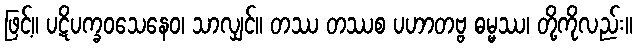
ဖြင့်။ ပဋိပက္ခဝသေနေဝ၊ သာလျှင်။ တဿ တဿစ ပဟာတဗ္ဗ ဓမ္မဿ၊ တို့ကိုလည်း။